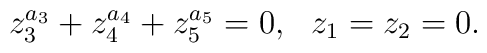
z_{3}^{a_{3}}+z_{4}^{a_{4}}+z_{5}^{a_{5}} = 0,\ \ z_{1} = z_{2} = 0.